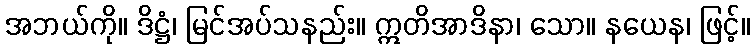
အဘယ်ကို။ ဒိဋ္ဌံ၊ မြင်အပ်သနည်း။ ဣတိအာဒိနာ၊ သော။ နယေန၊ ဖြင့်။